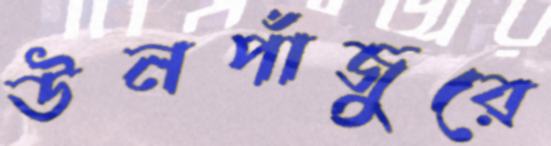
উনপাঁজুরে